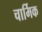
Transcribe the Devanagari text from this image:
चार्मिक